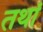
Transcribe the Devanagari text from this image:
तथां